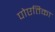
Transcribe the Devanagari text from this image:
पोएतिका